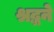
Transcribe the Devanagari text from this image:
श्रद्धने